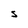
Character: S